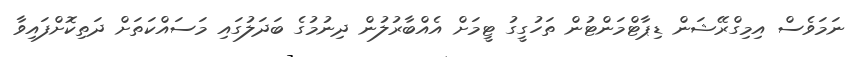
ނަމަވެސް އިމިގްރޭޝަން ޑިޕާޓްމަންޓުން ތަހުގީގު ޓީމަށް އެއްބާރުލުން ދިނުމުގެ ބަދަލުގައި މަސައްކަތަށް ދަތިކޮށްފައިވާ